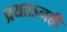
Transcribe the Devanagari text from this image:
प्रयतऽनही